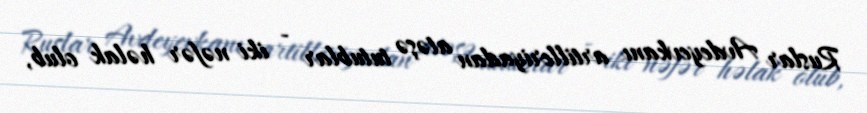
Ruslar Avdeyevkanı artilleriyadan atəşə tutublar - iki nəfər həlak olub,